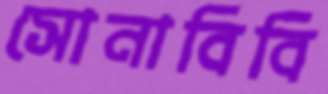
সোনাবিবি